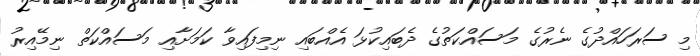
މި ސަރަހައްދުގެ ނެރުގެ މަސައްކަތުގެ ދެބައިކުޅަ އެއްބައި ނިމިފައިވާ ކަމަށާއި މަސައްކަތް ނިމޭއިރު